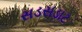
સડસડાટ